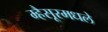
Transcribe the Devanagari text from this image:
म्हैसूरमधले